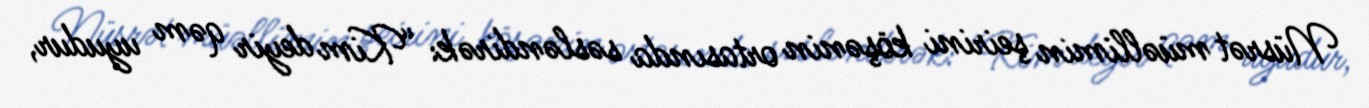
Nüsrət müəllimin şeirini köşənin ortasında səsləndirək: “Kim deyir qəm uyudur,